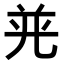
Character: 𭀤